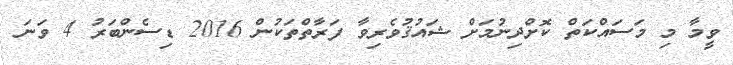
ވީމާ މި މަސައްކަތް ކޮށްދިނުމަށް ޝައުޤުވެރިވާ ފަރާތްތަކުން 2016 ޑިސެންބަރު 4 ވަނަ